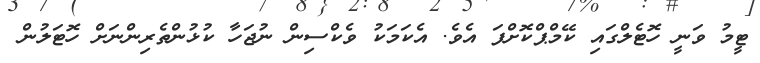
ޓީމު ވަނީ ހޮޓެލްގައި ކޭމްޕްކޮށްފަ އެވެ. އެކަމަކު ވެކްސިން ނުޖަހާ ކުޅުންތެރިންނަށް ހޮޓަލުން